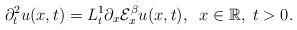
LaTeX: \begin{align*}\partial _{t}^{2}u(x,t)=L_{t}^{1}\partial _{x}\mathcal{E}_{x}^{\beta}u(x,t),\;\;x\in \mathbb{R},\;t>0. \end{align*}